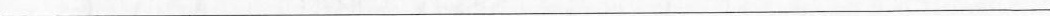
___